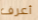
أعرف